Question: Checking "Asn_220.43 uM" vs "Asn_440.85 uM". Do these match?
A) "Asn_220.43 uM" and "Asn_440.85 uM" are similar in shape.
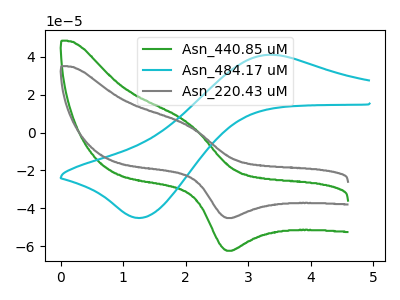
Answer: <think>The green curve "Asn_440.85 uM" has an anodic peak at (2.00V, 5.50uA) and a cathodic peak at (2.70V, -62.40uA). The cyan curve "Asn_484.17 uM" has an anodic peak at (3.35V, 41.05uA) and a cathodic peak at (1.30V, -45.00uA). The gray curve "Asn_220.43 uM" has an anodic peak at (2.00V, 3.95uA) and a cathodic peak at (2.70V, -45.10uA).
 All the peaks in "Asn_220.43 uM" have a peak in "Asn_440.85 uM" at the same potential. Every peak in "Asn_220.43 uM" is lower than every peak in "Asn_440.85 uM".</think>
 <answer>A) "Asn_220.43 uM" and "Asn_440.85 uM" are similar in shape.</answer>
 <eval>A</eval>